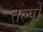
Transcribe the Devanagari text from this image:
तल्पों